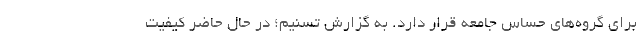
برای گروه‌های حساس جامعه قرار دارد. به گزارش تسنیم؛ در حال حاضر کیفیت